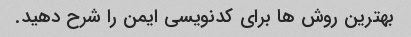
بهترین روش ها برای کدنویسی ایمن را شرح دهید.